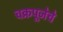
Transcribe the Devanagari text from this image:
चक्रपूजेचे